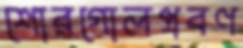
শোরগোলপ্রবণ